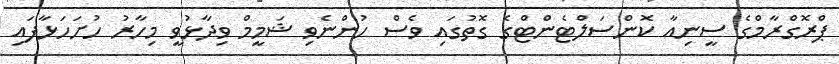
ޕްރޮގްރާމްގެ ސީނިއާ ކޮންސަލްޓެންޓްގެ ގޮތުގައި ވެސް ހުންނެވި ޝަމީމް ވިދާޅުވީ މިހާރު ހުށަހަޅާފައި